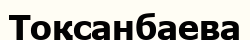
Тоқсанбаева